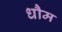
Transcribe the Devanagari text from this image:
धौम